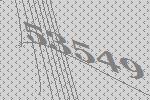
53549